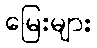
မြေးများ